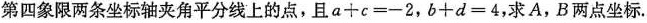
第四象限两条坐标轴夹角平分线上的点，且$$a+c=-2$$，$$b+d=4$$，求A，B两点坐标.